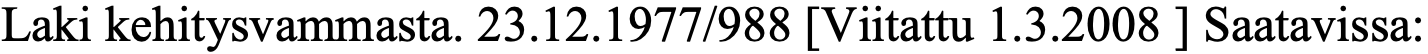
Laki kehitysvammasta. 23.12.1977/988 [Viitattu 1.3.2008 ] Saatavissa: